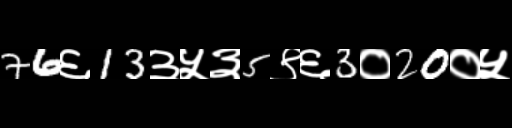
Text: 76६13३५३5९६3०20०५